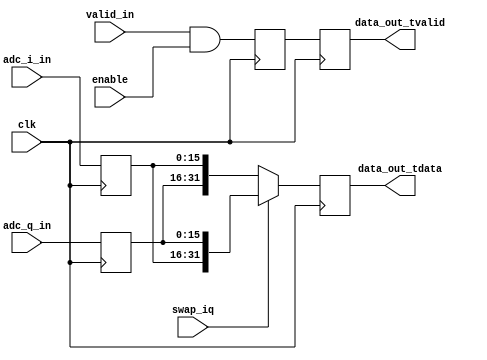
//
// Copyright 2022 Ettus Research, A National Instruments Brand
//
// SPDX-License-Identifier: LGPL-3.0-or-later
//
// Module: adc_iq_repacker
//
// Description:
//
// This component repacks IQ from independent vectors into a single
// output signal, and implements data swapping when requested.
//
// The parameters for this component describe the expected amount of
// data to be received as well as the data to be generated.
//
//  - SPC          = Samples per cycle: amount of samples to be expected
//                   on each I and Q input vector on each "clk" cycle.
//  - SAMPLE_WIDTH = Amount of bits composing each sample
//
// This modules incurs in two clk cycles of delay on the data and valid
// signals from input to output.
//
// Example case : SPC = 2, SAMPLE_WIDTH = 16
//
//  adc_x_in size(for I and Q) = 2 x 16 = 32
//  adc_out size = 2 x 2 x 16 = 64
//
//             _______         _______         _______         ______
// clk       _|       |_______|       |_______|       |_______|
//           _ _______________ _______________ _______________ ______
// adc_i_in  _X_____I1,I0_____X_____I3,I2_____X____32{'X'}____X______
//           _ _______________ _______________ _______________ ______
// adc_q_in  _X_____Q1,Q0_____X_____Q3,Q2_____X____32{'X'}____X______
//             _______________________________
// valid_in  _|                               |______________________
//           _ _______________ _______________ _______________ ______
// adc_out   _X____64{'X'}____X____64{'X'}____X__Q1,I1,Q0,I0__X__Q3,..
//                                             ______________________
// valid_out _________________________________|
//
// When the swap input is high, the order in which Q and I samples
// appear on the output vector is inverted
//
//             _______         _______         _______         ______
// clk       _|       |_______|       |_______|       |_______|
//           _ _______________ _______________ _______________ ______
// adc_i_in  _X_____I1,I0_____X_____I3,I2_____X____32{'X'}____X______
//           _ _______________ _______________ _______________ ______
// adc_q_in  _X_____Q1,Q0_____X_____Q3,Q2_____X____32{'X'}____X______
//             _______________________________
// valid_in  _|                               |______________________
//           _ _______________ _______________ _______________ ______
// adc_out   _X____64{'X'}____X____64{'X'}____X__I1,Q1,I0,Q0__X__I3,..
//                                             ______________________
// valid_out _________________________________|
//
// Parameters:
// SPC = Samples per cycle
// SAMPLE_WIDTH = width of i/q sample inputs. Output will be 2*SAMPLE_WIDTH
//

module adc_iq_repacker #(
  parameter SPC = 1,
  parameter SAMPLE_WIDTH = 16
)
(
  input  wire clk,
  // Data in
  input  wire [SPC*SAMPLE_WIDTH-1:0] adc_q_in,
  input  wire [SPC*SAMPLE_WIDTH-1:0] adc_i_in,
  input  wire valid_in,
  // This signal is currently driven in a related clock, and even though it runs at half the rate is should be fine
  // to handle it in this clock domain(in nature it will also stay high one asserted until the next reset.)
  input  wire enable,
  // Data is packed [Q,I] (I in LSBs) when swap_iq is '0', and [I,Q] otherwise
  input  wire swap_iq,

  // Data out
  output reg [SPC*SAMPLE_WIDTH*2-1:0] data_out_tdata,
  output reg                          data_out_tvalid
  );

  localparam IQ_WIDTH = SAMPLE_WIDTH*2;

  reg valid = 1'b0, valid_dly = 1'b0;
  reg [SPC*SAMPLE_WIDTH-1:0] adc_q_data_in = {SPC*SAMPLE_WIDTH{1'b0}};
  reg [SPC*SAMPLE_WIDTH-1:0] adc_i_data_in = {SPC*SAMPLE_WIDTH{1'b0}};

  integer sample_num;

  // It is safe to not reset this domain because all of the input signals will be cleared
  // by a synchronous reset. Safe default values are assigned to all these registers.
  always @(posedge clk) begin
    adc_q_data_in      <= adc_q_in;
    adc_i_data_in      <= adc_i_in;
    // Place Q in the MSBs, I in the LSBs by default, unless swapped = 1.
    for (sample_num=0; sample_num < (SPC); sample_num = sample_num + 1)
      begin : data_out_gen
        if (swap_iq) begin
          data_out_tdata[sample_num*(IQ_WIDTH) +: IQ_WIDTH] <=
            {adc_i_data_in[sample_num*(SAMPLE_WIDTH) +: SAMPLE_WIDTH],
             adc_q_data_in[sample_num*(SAMPLE_WIDTH) +: SAMPLE_WIDTH]};
        end else begin
          data_out_tdata[sample_num*(IQ_WIDTH) +: IQ_WIDTH] <=
            {adc_q_data_in[sample_num*(SAMPLE_WIDTH) +: SAMPLE_WIDTH],
             adc_i_data_in[sample_num*(SAMPLE_WIDTH) +: SAMPLE_WIDTH]};
        end
      end
    // Valid is simply a transferred version of the 1x clock's valid. Delay it one
    // more cycle to align outputs.
    valid             <= valid_in && enable;
    data_out_tvalid   <= valid;
  end

endmodule